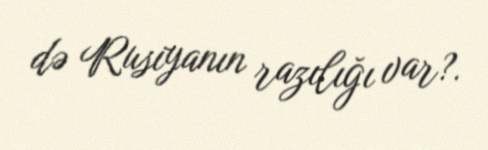
də Rusiyanın razılığı var?.